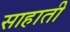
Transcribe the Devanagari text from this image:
साहाती